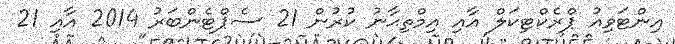
އިންޓަވިއު ޕްރެކްޓިކަލް އާއި އިމްތިޙާނު ކުރުން 21 ސެޕްޓެންބަރު 2014 އާއި 21